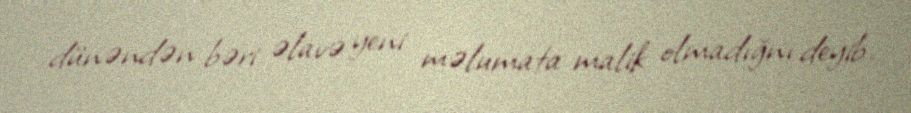
dünəndən bəri əlavə yeni məlumata malik olmadığnı deyib.